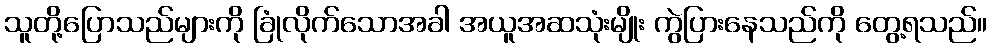
သူတို့ပြောသည်များကို ခြုံလိုက်သောအခါ အယူအဆသုံးမျိုး ကွဲပြားနေသည်ကို တွေ့ရသည်။